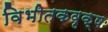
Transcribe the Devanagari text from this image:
विभीतकवृक्षः